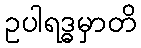
ဥပါရဒ္ဓမှာတိ